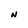
Character: N